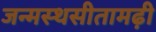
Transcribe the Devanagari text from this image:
जन्मस्थसीतामढ़ी